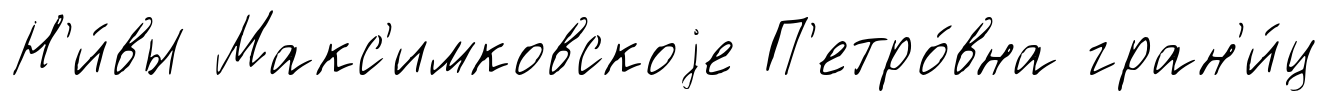
Н'и́вы Макс'имковскоjе П'етро́вна гран'и́ц